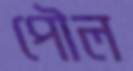
পৌল